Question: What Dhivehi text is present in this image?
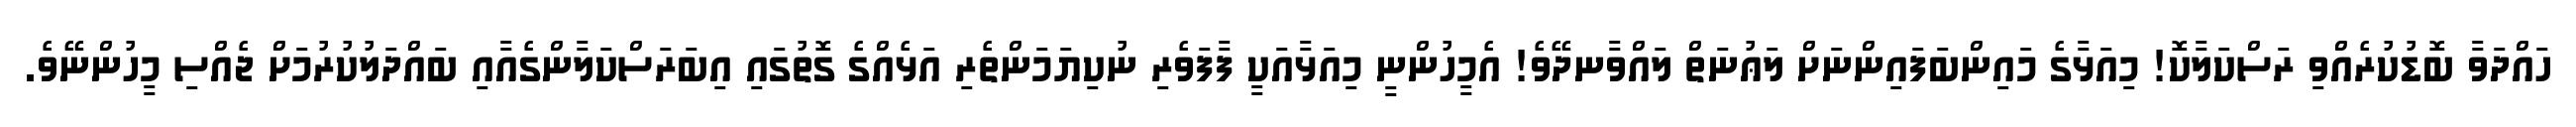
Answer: ހައްދަވާ ބޮޑުކުރެއްވި ރަސްކަލާކޮ! މިއަޅާގެ މައިންބަފައިންނަށް ލަޢުނަތް ލައްވާނދޭވެ! އެމީހުންނީ މިއަޅާއަކީ ފާފަވެރި ނުކިޔަމަންތެރި އަޅެއްގެ ގޮތުގައި އިބަރަސްކަލާންގެއާއި ބައްދަލުކުރުމަށް ޖެއްސި މީހުންނޭވެ.